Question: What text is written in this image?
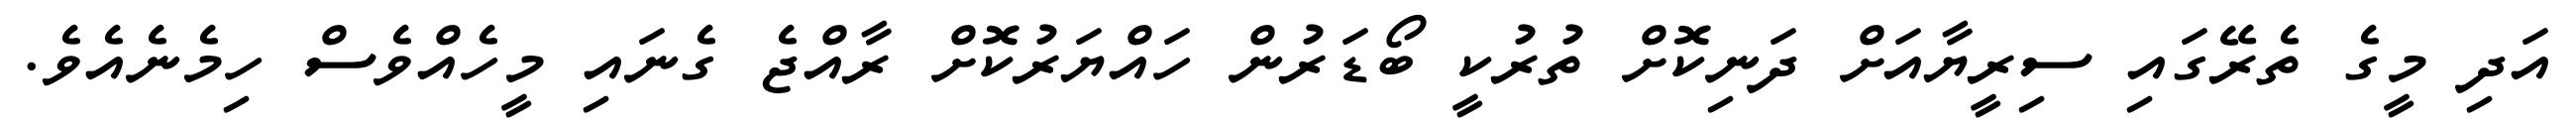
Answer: އަދި މީގެ ތެރޭގައި ސިރީޔާއަށް ދަނިކޮށް ތުރުކީ ބޯޑަރުން ހައްޔަރުކޮށް ރާއްޖެ ގެނައި މީހެއްވެސް ހިމެނެއެވެ.